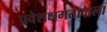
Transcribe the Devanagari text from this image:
प्रवेशक्षमतावाला